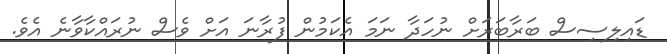
ޑައިލިސިސް ބަރާބަރަށް ނުހަދާ ނަމަ އެކަމުން ފުރާނަ އަށް ވެސް ނުރައްކާވާނެ އެވެ.